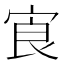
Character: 㝗